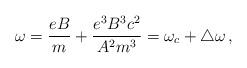
LaTeX: \begin{align*}\omega=\frac{eB}{m}+\frac{e^{3}B^{3}c^{2}}{A^{2}m^{3}}=\omega_{c}+\bigtriangleup\omega\,{,}\end{align*}